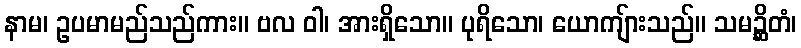
နာမ၊ ဥပမာမည်သည်ကား။ ဗလ ဝါ၊ အားရှိသော။ ပုရိသော၊ ယောကျ်ားသည်။ သမဉ္ဆိတံ၊